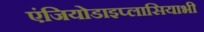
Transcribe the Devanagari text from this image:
एंजियोडाइप्लासियाभी